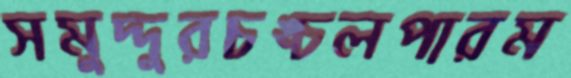
সমুদ্দুরচঙ্চলপারম